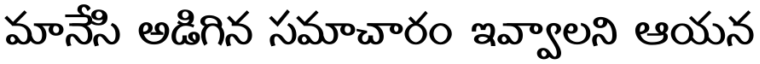
మానేసి అడిగిన సమాచారం ఇవ్వాలని ఆయన